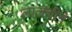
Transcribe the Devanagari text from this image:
लालचीने